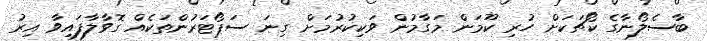
ބާސެލޯނާގެ ކޯޗަކަށް ހުރި ކޫމަން މަގާމުން ވަކިކުރުމަށް ގިނަ ސަޕޯޓަރުންތަކެއް ގޮވާލާފައިވާ އިރު